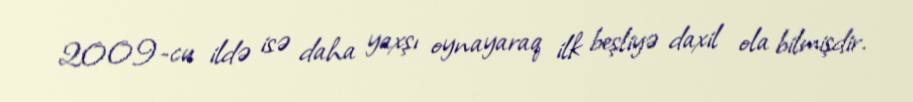
2009-cu ildə isə daha yaxşı oynayaraq ilk beşliyə daxil ola bilmişdir.